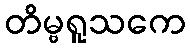
တိမ္ဗရူသကေ